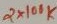
Text: 2X100K